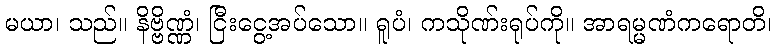
မယာ၊ သည်။ နိဗ္ဗိဏ္ဏံ၊ ငြီးငွေ့အပ်သော။ ရူပံ၊ ကသိုဏ်းရုပ်ကို။ အာရမ္မဏံကရောတိ၊